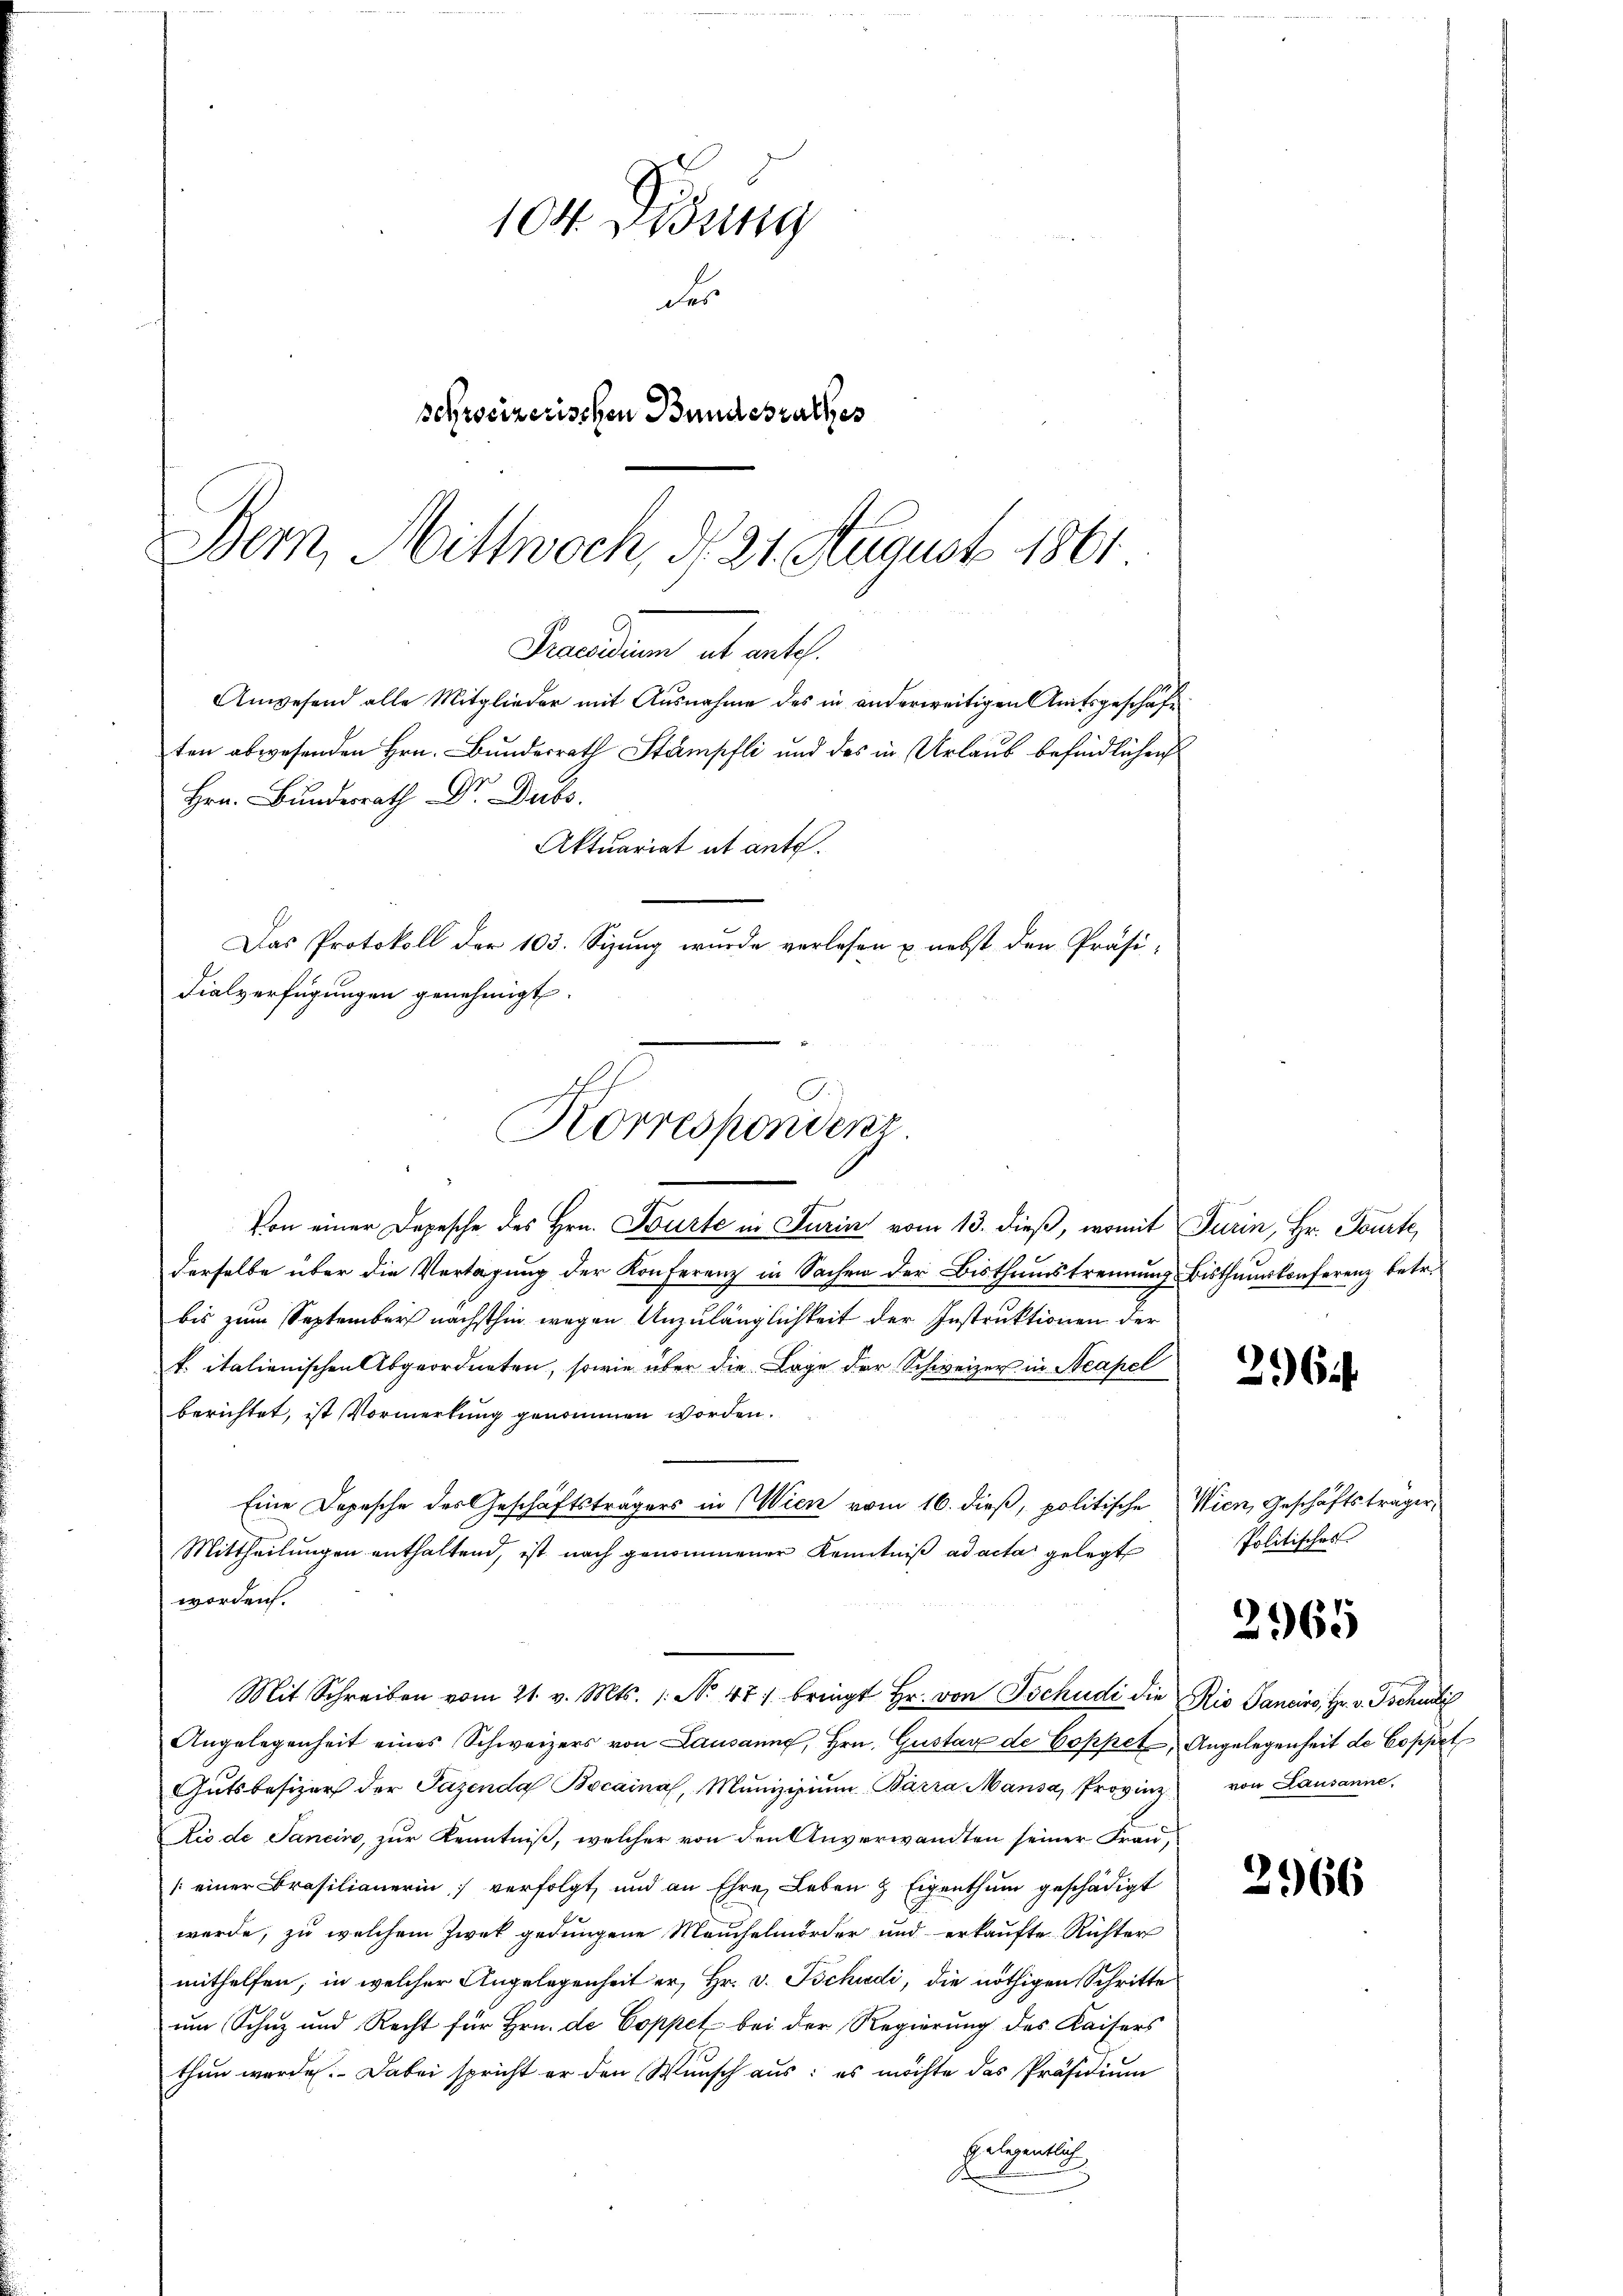
Praedium alt auth.
Anwesend alle Mitglieder mit Ausnahme des in anderweitigen Amtsgeschäft
ten abwesenden Hrn. Bundesrath Stämpfli und des in Urlaub befindlichen
Hrn. Bundesrath Dr. Dubs

Korrespondenz.

Aktuariat et ante.
Das Protokoll der 103. Sizung wurde verlesen u. nebst den Präsi¬
Fialverfügungen genehmigt.

worden.

104. Didung
des
schreizerischen Bundesrathes
Bern, Mittwoch, d. 21. August 1861

Von einer Depesche des Hrn. Bürte in Turin vom 13. dieß, womit Turin, Hr. Tourte
derselbe über die Vertagung der Konferenz in Sachen der Bisthumstrennung Bisthumskonferenz betr.
bis zum September nächsthin wegen Unzulänglichkeit der Instruktionen der
k. italienischen Abgeordneten, sowie über die Lage der Schweizer in Neapel
berichtet, ist Vormerkung genommen worden.
Eine Depesche des Geschäftsträgers in Wien vom 16. dieß, politische Wien, Geschäftsträger,
Mittheilŭngen enthaltend, ist nach genommener Kenntniβ ad acta gelegt
Angelegenheit eines Schweizers von Lausanne, Hrn. Gustare de Coppet Angelegenheit de Coppet
Gutsbesizer der Pazenda Bocaina, Munizipium, Barra Mansa, Provinz von Lausanne,
Zio de Janein, zur Kenntniß, welcher von den Anverwandten seiner Frau,
[einer Brasilianerin verfolgt, und an Ehre Leben & Eigenthum geschädigt
werde, zu welchem Zwek gedungene Meuchelmorder und erkaufte Richter
mithelfen, in welcher Angelegenheit er, Hr. v. Tschudi, die nöthigen Schritte
um Schuz und Recht für Hrn. de Coppet - bei der Regierung des Kaisers
thun werde. Dabei spricht er den Wunsch aus: es möchte das Präsidium
Gelegentlich

Mit Schreiben vom 21. v. Mts. 1. No 47 bringt Hr. von Tschudi die Rio Sanciro, Hr. v. Tschudi

264.

Politisches

2965

2966